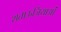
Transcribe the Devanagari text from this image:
शताऊजियाओं